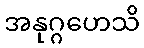
အနုဂ္ဂဟေသိ